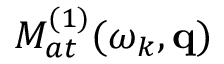
{ \cal M } _ { a t } ^ { ( 1 ) } ( \omega _ { k } , \mathbf { q } )